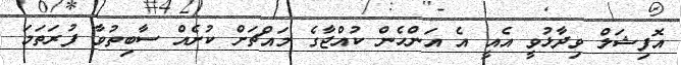
އޮފިޝަލް ވިދާޅުވީ އެއީ އެ އަންހެން ކުއްޖާގެ މައްޗަށް ކުށެއް ސާބިތުވާ ފުރަތަމަ